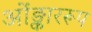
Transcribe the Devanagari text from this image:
ओंङ्काररूप